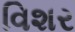
વિશર